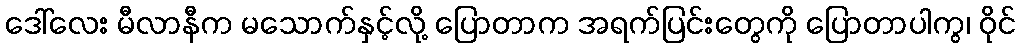
ဒေါ်လေး မီလာနီက မသောက်နှင့်လို့ ပြောတာက အရက်ပြင်းတွေကို ပြောတာပါကွ၊ ဝိုင်